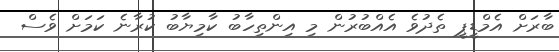
ބާރަށް އެމްޑީޕީ ތެދުވެ އެއްބުރުން މި އިންތިހާބު ކާމިޔާބު ކުރާނެ ކަމަށް ވެސް